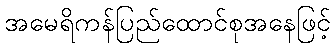
အမေရိကန်ပြည်ထောင်စုအနေဖြင့်